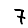
Digit: 7